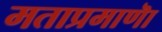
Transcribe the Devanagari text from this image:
मताप्रमाणाॆ